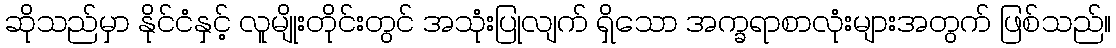
ဆိုသည်မှာ နိုင်ငံနှင့် လူမျိုးတိုင်းတွင် အသုံးပြုလျက် ရှိသော အက္ခရာစာလုံးများအတွက် ဖြစ်သည်။